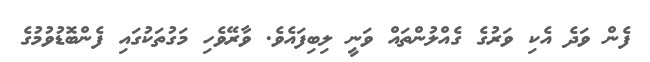
ފެން ވަދެ އެކި ވަރުގެ ގެއްލުންތައް ވަނީ ލިބިފައެވެ. ވާރޭވެހި މަގުތަކުގައި ފެންބޮޑުވުމުގެ